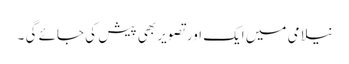
نیلامی میں ایک اور تصویر بھی پیش کی جائے گی ۔